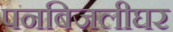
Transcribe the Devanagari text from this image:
पनबिजलीघर